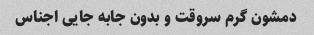
دمشون گرم سروقت و بدون جابه جایی اجناس